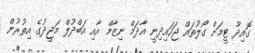
ގޮއިދޫ ޓީމަށް ގޯލުތައް ޖަހައިދިނީ އާދަމް ނިޒާމް އާއި އަބްދުލް މަޖީދުގެ އިތުރުން